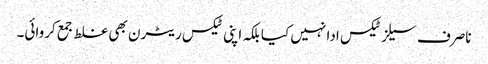
ناصرف سیلز ٹیکس ادا نہیں کیا بلکہ اپنی ٹیکس ریٹرن بھی غلط جمع کروائی۔